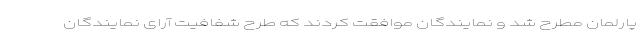
پارلمان مطرح شد و نمایندگان موافقت کردند که طرح شفافیت آرای نمایندگان